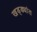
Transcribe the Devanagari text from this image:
खड्ड्यांत